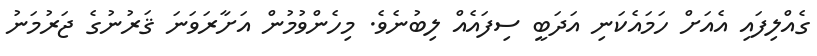
ގެއްލިފައި އެއަށް ހަމައެކަނި އަދަބީ ސިފައެއް ލިބުނެވެ. މިހެންވުމުން އަށާރަވަނަ ޤަރުނުގެ ޖަރުމަނު